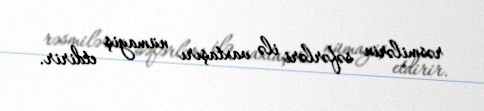
rəsmilərin səfərləri ilə vaxtaşırı nümayiş etdirir.